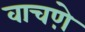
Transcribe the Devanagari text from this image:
वाचणे़